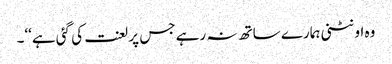
وہ اونٹنی ہمارے ساتھ نہ رہے جس پر لعنت کی گئی ہے‘‘۔